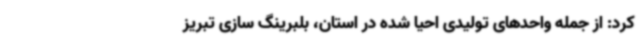
کرد: از جمله واحدهای تولیدی احیا شده در استان، بلبرینگ سازی تبریز